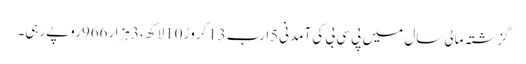
گزشتہ مالی سال میں پی سی بی کی آمدنی5ارب13کروڑ 10لاکھ ،3ہزار966روپےرہی۔